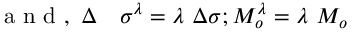
\begin{array} { r l } { \textnormal { a n d } , ~ \Delta } & { { } \sigma ^ { \lambda } = \lambda ~ \Delta \sigma ; M _ { o } ^ { \lambda } = \lambda ~ M _ { o } } \end{array}